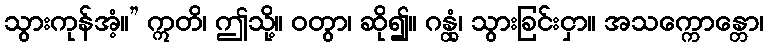
သွားကုန်အံ့။” ဣတိ၊ ဤသို့။ ဝတွာ၊ ဆို၍။ ဂန္တုံ၊ သွားခြင်းငှာ။ အသက္ကောန္တော၊